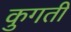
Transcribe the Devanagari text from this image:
कुगती